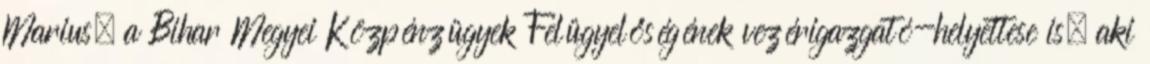
Marius, a Bihar Megyei Közpénzügyek Felügyelőségének vezérigazgató-helyettese is, aki